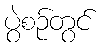
ပွဲစဉ်တွင်